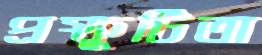
প্রস্ফুটিতা